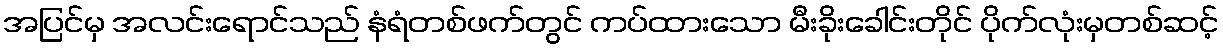
အပြင်မှ အလင်းရောင်သည် နံရံတစ်ဖက်တွင် ကပ်ထားသော မီးခိုးခေါင်းတိုင် ပိုက်လုံးမှတစ်ဆင့်